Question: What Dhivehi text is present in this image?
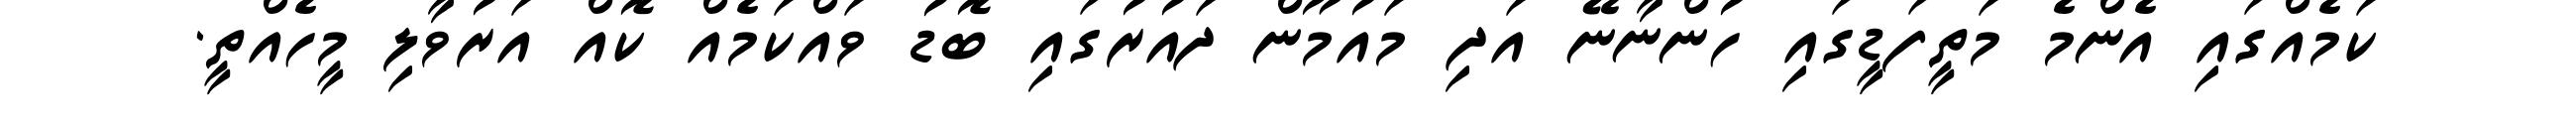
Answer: ކަމެއްގައި އެންމެ މަތީފަޑީގައި ހުންނާނޭ އަދި މައުމޫން ދައުރުގައި ބޮޑު ވައްކަމެއް ކޮއް އަރުވާލި މީހެއްތީ.